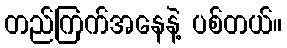
တည်ကြက်အနေနဲ့ ပစ်တယ်။